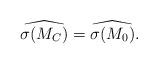
LaTeX: \begin{align*}\widehat {\sigma(M_C)} = \widehat {\sigma(M_0)}.\end{align*}